画像に写った文字を読んでください
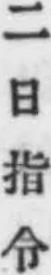
「二日指令」と書いてあります